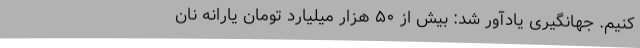
کنیم. جهانگیری یادآور شد: بیش از ۵۰ هزار میلیارد تومان یارانه نان